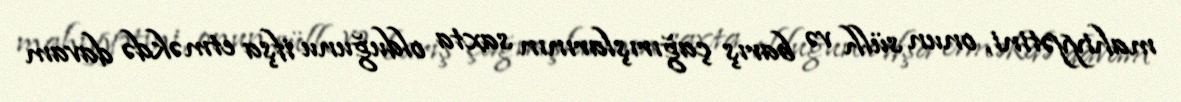
mahiyyətini, onun sülh və barış çağırışlarının saxta olduğunu ifşa etməkdə davam